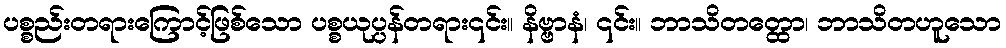
ပစ္စည်းတရားကြောင့်ဖြစ်သော ပစ္စယုပ္ပန်တရား၎င်း။ နိဗ္ဗာနံ၊ ၎င်း။ ဘာသိတတ္ထော၊ ဘာသိတဟူသော